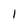
Character: l